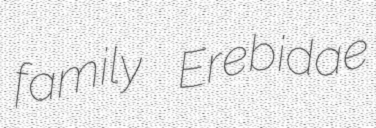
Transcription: family Erebidae